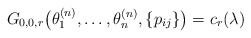
\begin{gather*}G_{0,0,r}\big(\theta_1^{(n)},\ldots,\theta_n^{(n)},\{p_{ij}\}\big)= c_r(\lambda)\end{gather*}